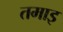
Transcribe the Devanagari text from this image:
तमाइ